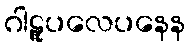
ဂါဠှူပလေပနေန